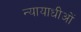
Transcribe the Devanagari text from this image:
न्यायाधीओं